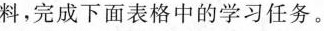
料，完成下面表格中的学习任务。